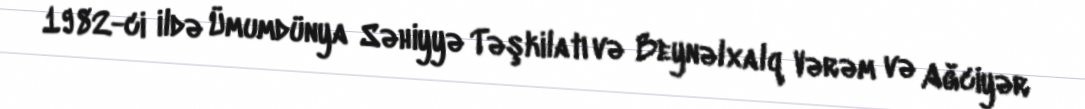
1982-ci ildə Ümumdünya Səhiyyə Təşkilatı və Beynəlxalq Vərəm və Ağciyər